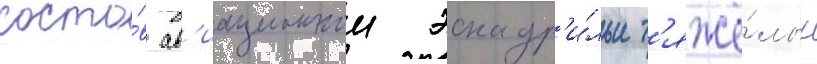
соста́в ав'иационнои эскадр'и́льи т'яжё́лых